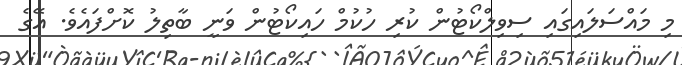
މި މައްސަލައިގައި ސިވިލްކޯޓުން ކުރި ހުކުމް ހައިކޯޓުން ވަނީ ބާތިލު ކޮށްފައެވެ. އޭގެ